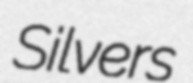
Silvers